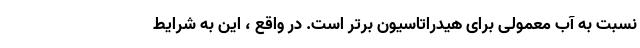
نسبت به آب معمولی برای هیدراتاسیون برتر است. در واقع ، این به شرایط